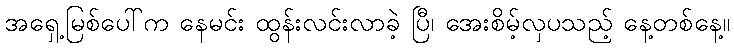
အရှေ့မြစ်ပေါ်က နေမင်း ထွန်းလင်းလာခဲ့ ပြီ၊ အေးစိမ့်လှပသည့် နေ့တစ်နေ့။